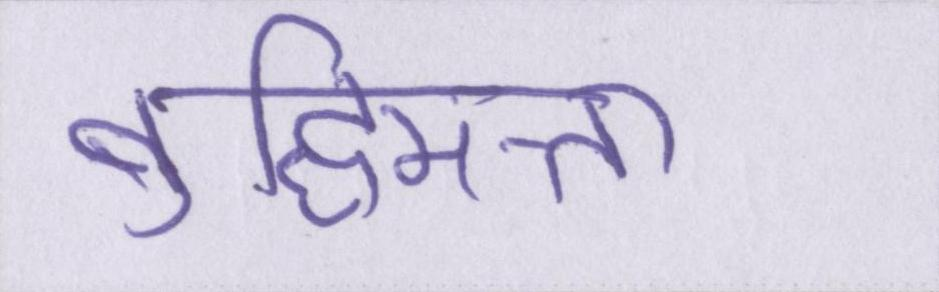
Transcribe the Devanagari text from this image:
बुद्धिमत्ता